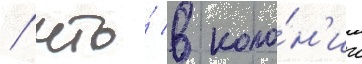
/ что́ в коло́н'ии